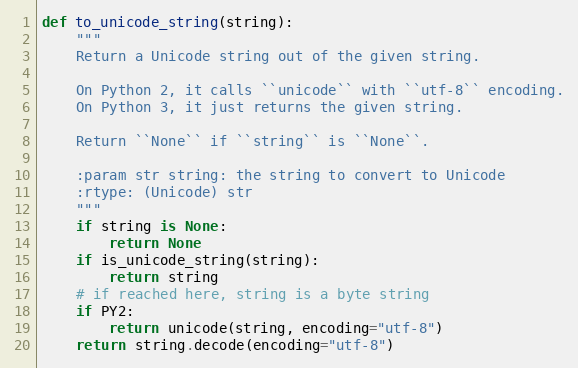
Language: Python
def to_unicode_string(string):
    """
    Return a Unicode string out of the given string.

    On Python 2, it calls ``unicode`` with ``utf-8`` encoding.
    On Python 3, it just returns the given string.

    Return ``None`` if ``string`` is ``None``.

    :param str string: the string to convert to Unicode
    :rtype: (Unicode) str
    """
    if string is None:
        return None
    if is_unicode_string(string):
        return string
    # if reached here, string is a byte string
    if PY2:
        return unicode(string, encoding="utf-8")
    return string.decode(encoding="utf-8")